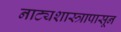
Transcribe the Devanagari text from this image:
नाट्यशास्त्रापासून